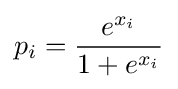
p_{i}={\frac {e^{x_{i}}}{1+e^{x_{i}}}}